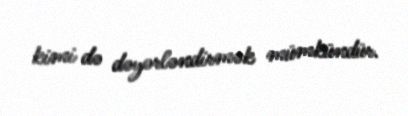
kimi də dəyərləndirmək mümkündür.